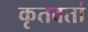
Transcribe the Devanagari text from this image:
कृतवतां